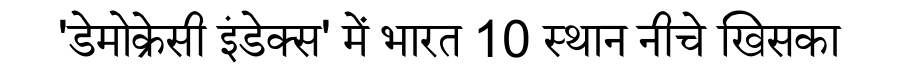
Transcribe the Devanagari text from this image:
'डेमोक्रेसी इंडेक्स' में भारत 10 स्थान नीचे खिसका